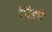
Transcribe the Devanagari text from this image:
पिंड्ये